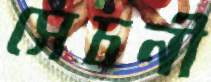
সেচনী